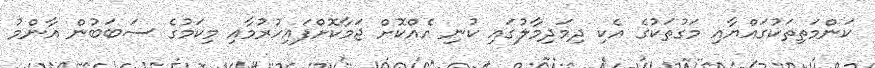
ކަންމަތިތަކުގައްޔާއި މަގުތަކުގެ އެކި ދިމަދިމާލުގައި ކުނި އެއްކޮށް ޖަމާކޮށްފައިހުރުމާއި މިކަމުގެ ސަބަބުން އާންމު